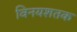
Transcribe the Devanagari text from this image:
विनयशतक